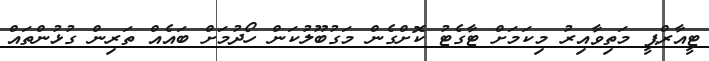
ޓީއާރްޕީ މަތިވާއިރު މިކަމަށް ޓާގެޓު ކޮށްގެން މަގުބޫލުކަން ހޯދުމަށް ބައެއް ތަރިން ގުޅުންތައް